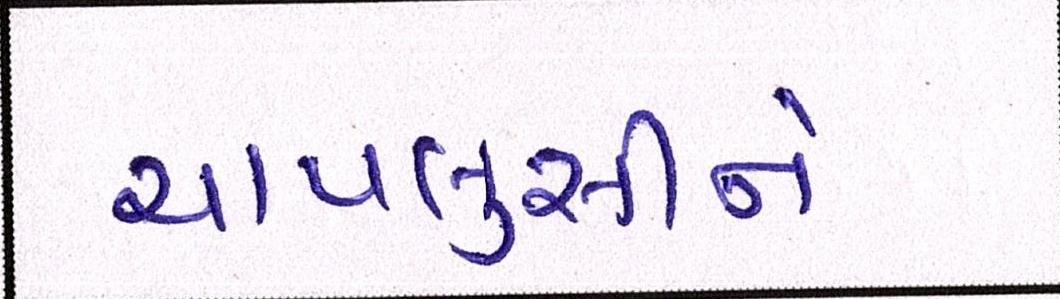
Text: ચાપલુસીને